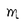
Character: M